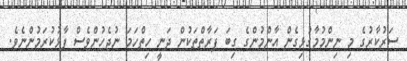
ސަރުކާރުގެ މި ނިންމުމާގުޅިގެން އާންމުންގެ ގިބަ ފަރާތްތަކުން ދަނީ ހިތްހަމަ ނުޖެހުންވެސް ފާޅުކުރަމުންނެވެ.